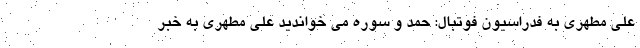
علی مطهری به فدراسیون فوتبال: حمد و سوره می خواندید علی مطهری به خبر